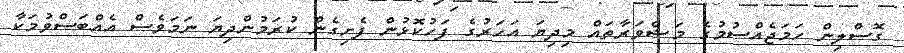
ގޮސްލިން ހަމަޖެއްސުމުގެ މަޝްވަރާތައް މިދިޔަ އަހަރުގެ ފަހުކޮޅުން ފެށިގެން ކުރަމުންދިޔަ ނަމަވެސް އެއްބަސްވުމަކާ